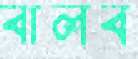
বালব